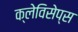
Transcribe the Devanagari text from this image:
क्लेविसेप्स